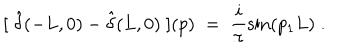
LaTeX: [ \; \hat { \delta } ( - L , 0 ) - \hat { \delta } ( L , 0 ) \; ] ( p ) \; = \; \frac { i } { \pi } \sin ( p _ { 1 } L ) \; .